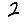
Digit: 2